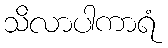
သိလာပါကာရံ